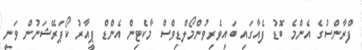
ފްރާންސުގެ އެންމެ ބޮޑު ފެއާގައި ބައިވެރިވުންމޯލްޑިވްސް މާކެޓިން އެންޑް ޕީއާރު ކޯޕަރޭޝަނުން ވަނީ